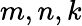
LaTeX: m,n,k